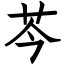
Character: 芩